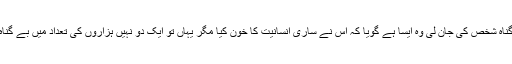
اللہ تعالیٰ کا ارشاد ہے کہ جس کسی نے بے گناہ شخص کی جان لی وہ ایسا ہے گویا کہ اس نے ساری انسانیت کا خون کیا مگر یہاں تو ایک دو نہیں ہزاروں کی تعداد میں بے گناہ مسلمانوں کی خون سے ہولی کھیلی گئی ہے۔